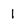
Character: l